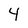
Character: 4